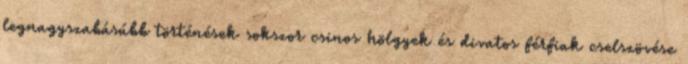
legnagyszabásúbb történések sokszor csinos hölgyek és divatos férfiak cselszövése